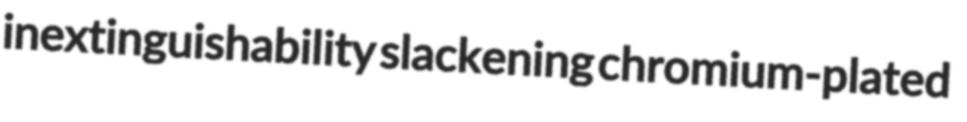
inextinguishability slackening chromium-plated